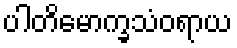
ပါတိမောက္ခသံဝရာယ